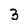
Character: 3